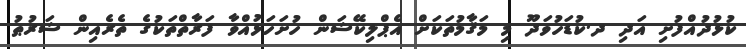
ކުޅުދުއްފުށި އަދި ދ.ކުޑަހުވަދޫ މި މަޤާމުތަކަށް އެޕްލިކޭޝަން ހުށަހަޅުއްވާ ފަރާތްތަކުގެ ތެރެއިން ޝަރުޠު